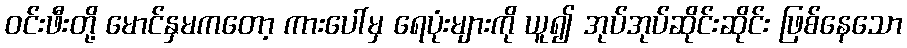
ဝင်းဖီးတို့ မောင်နှမကတော့ ကားပေါ်မှ ရေပုံးများကို ယူ၍ အုပ်အုပ်ဆိုင်းဆိုင်း ဖြစ်နေသော